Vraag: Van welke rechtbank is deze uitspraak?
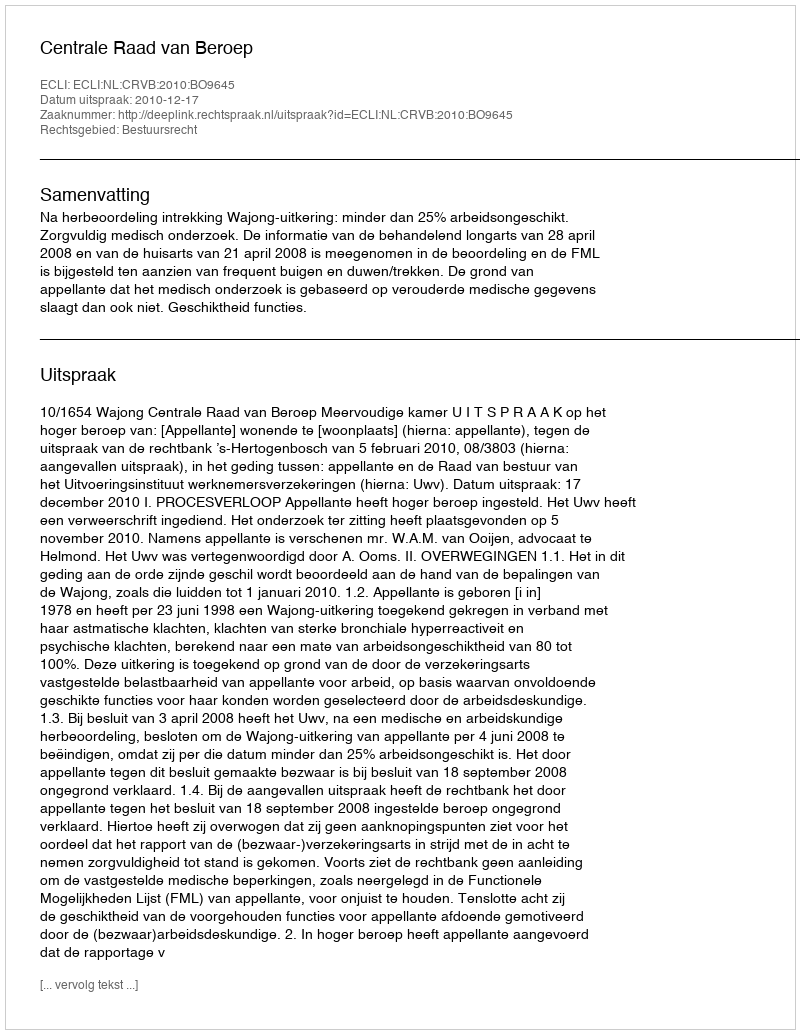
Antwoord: Centrale Raad van Beroep